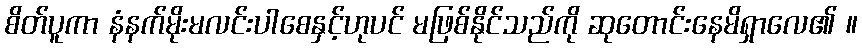
စိတ်ပူကာ နံနက်မိုးမလင်းပါစေနှင့်ဟုပင် မဖြစ်နိုင်သည်ကို ဆုတောင်းနေမိရှာလေ၏ ။